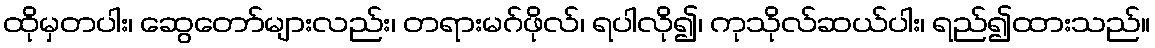
ထိုမှတပါး၊ ဆွေတော်များလည်း၊ တရားမဂ်ဖိုလ်၊ ရပါလို၍၊ ကုသိုလ်ဆယ်ပါး၊ ရည်၍ထားသည်။